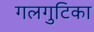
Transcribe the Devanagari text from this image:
गलगुटिका